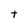
Character: t